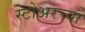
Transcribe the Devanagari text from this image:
स्टोअरच्या